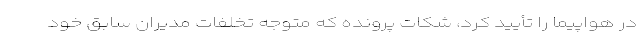
در هواپیما را تأیید کرد، شکات پرونده که متوجه تخلفات مدیران سابق خود